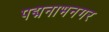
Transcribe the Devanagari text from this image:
पद्मनाभनगर